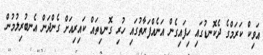
އަވިކް ކަރަމްގެ ދެކޮނޑުގައި ހިފައިގެން އަނެއްފަރާތުގައި ހުރި ގޮނޑިތައް ކައިރިއަށް ގެންދަން އެނބުރިލުމުން